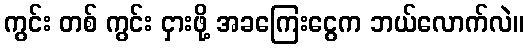
ကွင်း တစ် ကွင်း ငှားဖို့ အခကြေးငွေက ဘယ်လောက်လဲ။